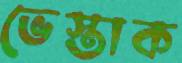
ভেস্তাক